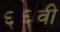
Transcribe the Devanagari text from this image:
६६वी